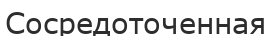
Сосредоточенная